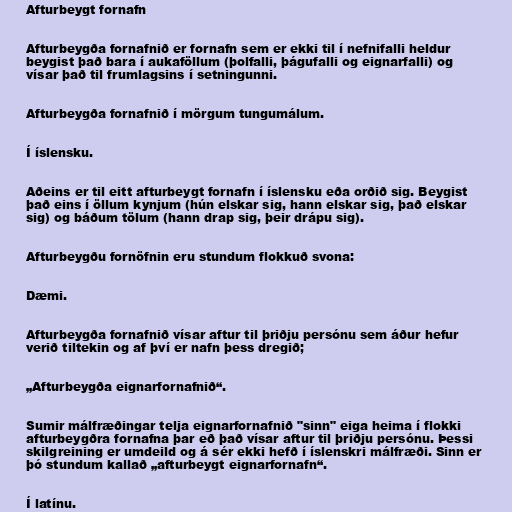
Afturbeygt fornafn

Afturbeygða fornafnið er fornafn sem er ekki til í nefnifalli heldur
beygist það bara í aukaföllum (þolfalli, þágufalli og eignarfalli) og
vísar það til frumlagsins í setningunni.

Afturbeygða fornafnið í mörgum tungumálum.

Í íslensku.

Aðeins er til eitt afturbeygt fornafn í íslensku eða orðið sig. Beygist
það eins í öllum kynjum (hún elskar sig, hann elskar sig, það elskar
sig) og báðum tölum (hann drap sig, þeir drápu sig).

Afturbeygðu fornöfnin eru stundum flokkuð svona:

Dæmi.

Afturbeygða fornafnið vísar aftur til þriðju persónu sem áður hefur
verið tiltekin og af því er nafn þess dregið;

„Afturbeygða eignarfornafnið“.

Sumir málfræðingar telja eignarfornafnið "sinn" eiga heima í flokki
afturbeygðra fornafna þar eð það vísar aftur til þriðju persónu. Þessi
skilgreining er umdeild og á sér ekki hefð í íslenskri málfræði. Sinn er
þó stundum kallað „afturbeygt eignarfornafn“.

Í latínu.